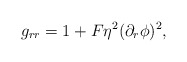
\begin{align*} g_{rr}=1+F\eta^2(\partial_r\phi)^2,\end{align*}